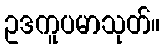
ဥဒကူပမာသုတ်။